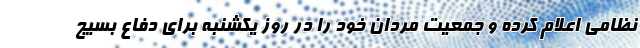
نظامی اعلام کرده و جمعیت مردان خود را در روز یکشنبه برای دفاع بسیج